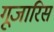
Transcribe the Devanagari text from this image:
गूजारिस